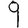
Digit: 9